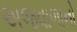
અજવાળાનો